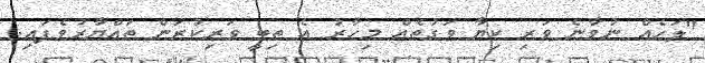
"ލަހެއް ނުވާނެ ވަރި ކިޔާ ވަގުތެއް މިހާރު އެ ތިބީ ވަރިކުރަން ތައްޔާރުވެފައި.